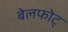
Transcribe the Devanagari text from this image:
बेलफोट्